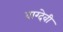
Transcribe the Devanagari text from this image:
वाग्‍देवी